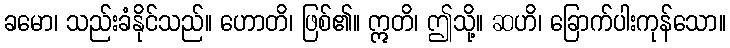
ခမော၊ သည်းခံနိုင်သည်။ ဟောတိ၊ ဖြစ်၏။ ဣတိ၊ ဤသို့။ ဆဟိ၊ ခြောက်ပါးကုန်သော။